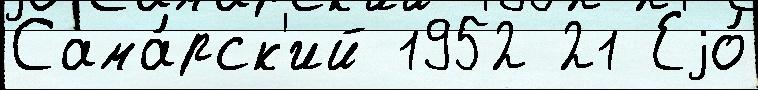
Сама́рск'ий 1952 21 Еjо́